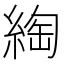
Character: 綯